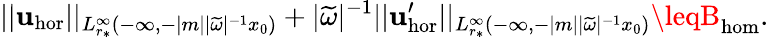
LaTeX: ||\mathbf{u}_{\mathrm{{hor}}}||_{L_{r_{*}}^{\infty}(-\infty,-|m||\widetilde{{\omega}}|^{-1}x_{0})}+|\widetilde{{\omega}}|^{-1}||\mathbf{u}_{\mathrm{{hor}}}^{\prime}||_{L_{r_{*}}^{\infty}(-\infty,-|m||\widetilde{{\omega}}|^{-1}x_{0})}\leqB_{\mathrm{{hom}}}.